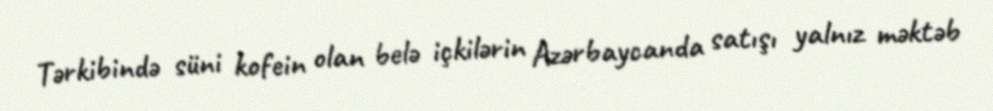
Tərkibində süni kofein olan belə içkilərin Azərbaycanda satışı yalnız məktəb